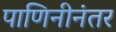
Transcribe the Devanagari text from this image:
पाणिनीनंतर